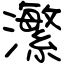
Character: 瀿